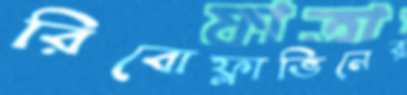
রিবোফ্লাভিনের